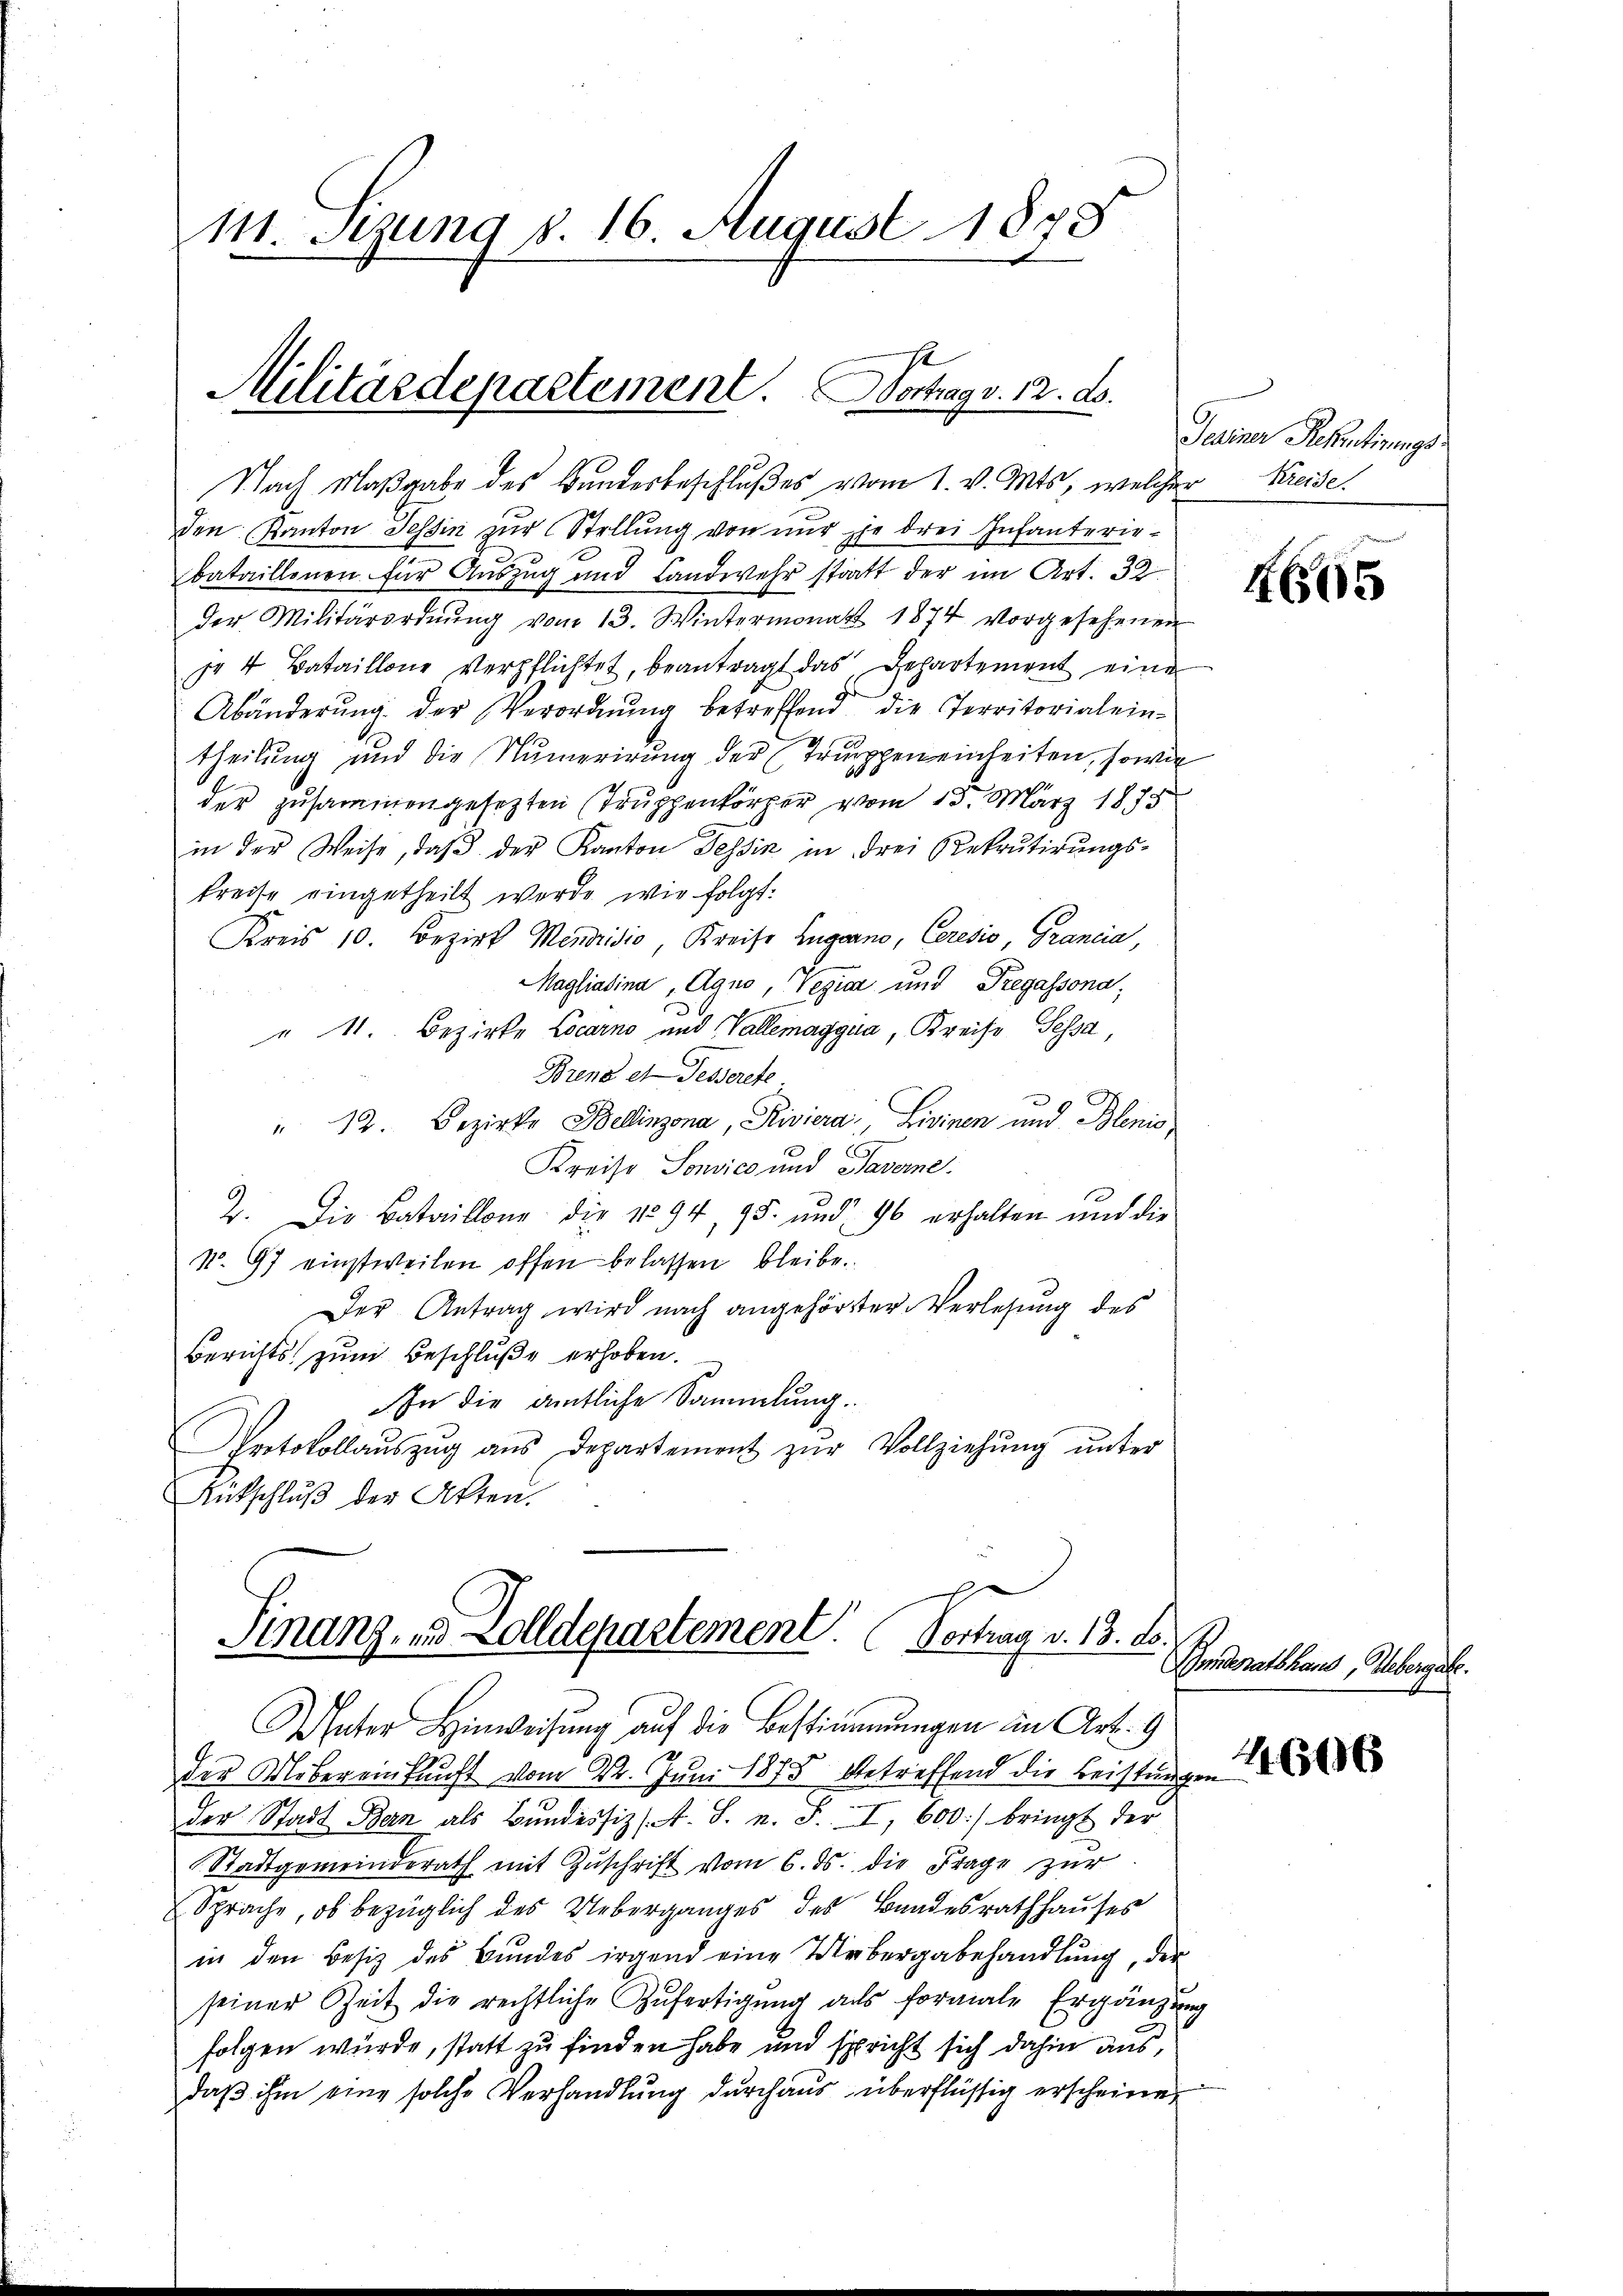
111. Sizung d. 16. August 1878

Militärdepartement. Vortrag v. 12. ds.
Nach Maßgabe des Bundesbeschlußes vom 1. v. Mts, welcher Kreise.

den Kanton Tessin zur Stellung von nur je drei Infanteriebataillonen für Auszug und Landwehr statt der im Art. 32
der Militärordnŭng vom 13. Wintermonat 1874 vorgesehenen
pr 4 Bataillone Verpflichtet, beantragt das Departement eine
Abänderung der Verordnung betreffend die Territorial eintheilung und die Numerirung der Truppen einheiten, sowie
der zusammengesezten Truppenkörper vom 15. März 1873
in der Weise, daβ der Kanton Tessin in drei Rekrŭtirŭngs-
treite eingetheilt werde, wie folgt.
Kreis 10. Bezirk Mendridio Kreise Lugano, Ceresio, Grancia,
Magliatina, Agno, Vegia und Pregassona
" 11. Bezirke Locarno und Vallemaggia, Kreise Sessa,
Brend et Fesserete
" 12. Bezirke Bellinzona, Riviera, Livinen und Blenis
Kreise Sonvico und Taverne.
2. Die Bataillone die No 94, 95. und 96 erhalten und die
No. 97 einstweilen offen belassen bleibe.
Der Antrag wird nach angehörster Verlesung des
Berichts zum Beschluße erhoben.
In die amtliche Sammlung.
Protokollaŭszŭg ans Departement zŭr Vollziehung unter
Rutschluß der Akten.

Finanz- und Zolldepartement. Vortrag v. 13. ds.

Turiner Schentirungs

Unter Hinweisung auf die Bestimmungen in Art. 9
der Uebereinkunft vom 22. Juni 1873 betreffend die Beistungen
der Stadt Bern als Bundessiz/A. S. u. S. I, 600) bringt der
Stadtgemeinderath mit Zŭschrift vom 6. ds. die Frage zur
Sprache, ob bezüglich des Ueberganges des Bandesrathhauses
in den Besitz des Bundes irgend eine Uebergabehandlung, der
seiner Zeit die rechtliche Zufertigŭng als formale Ergänzung
folgen wurde, statt zu finden habe und spricht sich dahin aus,
daβ ihm eine solche Verhandlung durchaus überflüssig erscheinen

H665

Bundesratshaus Webergabe.